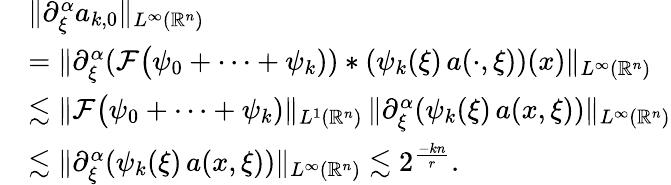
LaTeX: \begin{array}{rl}&{\| \partial_{\xi}^{\alpha}a_{k,0}\| _{L^{\infty}(\mathbb{R}^{n})}}\\ &{=\| \partial_{\xi}^{\alpha}(\mathcal{F}\big(\psi_{0}+\cdots+\psi_{k}))*(\psi_{k}(\xi)\, a(\cdot,\xi))(x)\| _{L^{\infty}(\mathbb{R}^{n})}}\\ &{\lesssim\| \mathcal{F}\big(\psi_{0}+\cdots+\psi_{k})\| _{L^{1}(\mathbb{R}^{n})}\, \| \partial_{\xi}^{\alpha}(\psi_{k}(\xi)\, a(x,\xi))\| _{L^{\infty}(\mathbb{R}^{n})}}\\ &{\lesssim\| \partial_{\xi}^{\alpha}(\psi_{k}(\xi)\, a(x,\xi))\| _{L^{\infty}(\mathbb{R}^{n})}\lesssim 2^{\frac{-kn}{r}}.}\end{array}